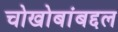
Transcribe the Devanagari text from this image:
चोखोबांबद्दल